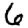
Digit: 6